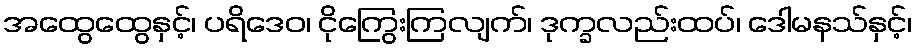
အထွေထွေနှင့်၊ ပရိဒေဝ၊ ငိုကြွေးကြလျက်၊ ဒုက္ခလည်းထပ်၊ ဒေါမနသ်နှင့်၊